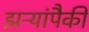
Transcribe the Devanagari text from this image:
झऱ्यांपैकी